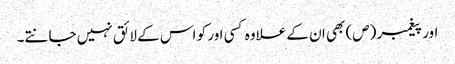
اور پیغمبر (ص) بھی ان کے علاوہ کسی اور کو اس کے لائق نہیں جانتے۔